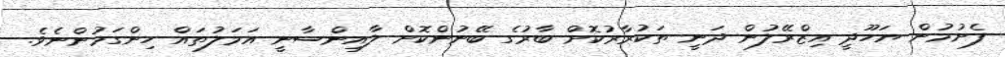
ފެށުމުން ޔަހޫދީ އިޒްރޭލުން ދަނީ ތަކުރާރުކޮށް ބާރުގެ ބޭނުންކޮށް ލާއިންސާނީ އަމަލުތައް ހިންގަމުންނެވެ.